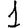
Digit: 1